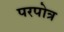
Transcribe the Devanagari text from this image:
परपोत्र